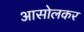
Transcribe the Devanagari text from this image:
आसोलकर